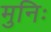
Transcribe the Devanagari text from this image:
मुनिः